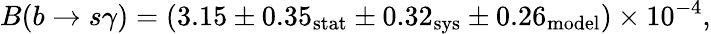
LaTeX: B(b\rightarrow s\gamma)=(3.15\pm 0.35_{\mathrm{stat}}\pm 0.32_{\mathrm{sys}}\pm 0.26_{\mathrm{model}})\times 10^{-4},